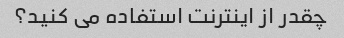
چقدر از اینترنت استفاده می کنید؟